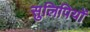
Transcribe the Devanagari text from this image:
सुलिपियों